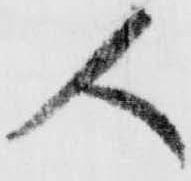
人